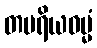
တမရိယဓမ္မံ